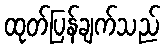
ထုတ်ပြန်ချက်သည်